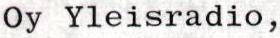
Oy Yleisradio,